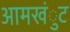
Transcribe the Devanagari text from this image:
आमखंुट